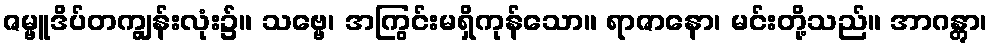
ဇမ္ဗူဒိပ်တကျွန်းလုံး၌။ သဗ္ဗေ၊ အကြွင်းမရှိကုန်သော။ ရာဇာနော၊ မင်းတို့သည်။ အာဂန္တွာ၊